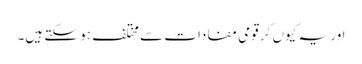
اور یہ کیوں کر قومی مفادات سے مختلف ہو سکتے ہیں۔